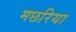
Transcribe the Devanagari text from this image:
मछरिया